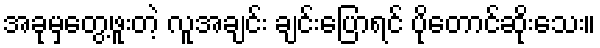
အခုမှတွေ့ဖူးတဲ့ လူအချင်း ချင်းပြောရင် ပိုတောင်ဆိုးသေး။